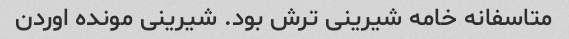
متاسفانه خامه شیرینی ترش بود. شیرینی مونده اوردن